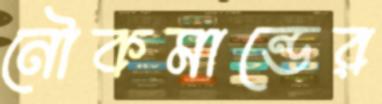
নৌকমান্ডের